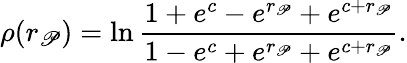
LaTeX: \rho(r_{\mathscr{P}})=\ln\frac{{1+e^{c}-e^{r_{\mathscr{P}}}+e^{c+r_{\mathscr{P}}}}}{{1-e^{c}+e^{r_{\mathscr{P}}}+e^{c+r_{\mathscr{P}}}}}.